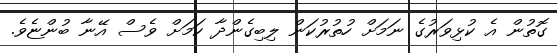
ގޮތުން އެ ކުޅިވަރުގެ ނަމަށް ހުތުރުކަން ލިބިގެންދާ ކަމަށް ވެސް އޭނާ ބުންޏެވެ.